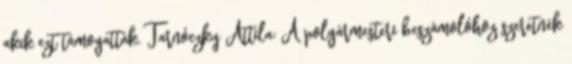
akik ezt támogatták. Tarnóczky Attila: A polgármesteri beszámolóhoz szeretnék